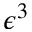
\epsilon ^ { 3 }